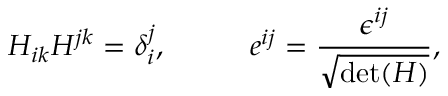
H _ { i k } H ^ { j k } = \delta _ { i } ^ { j } , \; \; \; \; \; \; \; \; \; \; e ^ { i j } = \frac { \epsilon ^ { i j } } { \sqrt { \mathrm { d e t } ( H ) } } ,